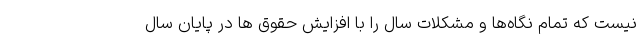
نیست که تمام نگاه‌ها و مشکلات سال را با افزایش حقوق ها در پایان سال